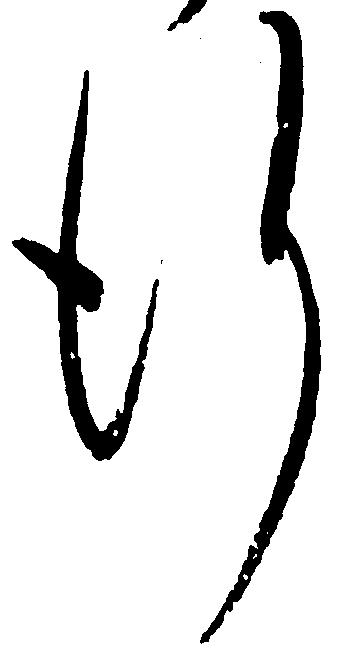
行